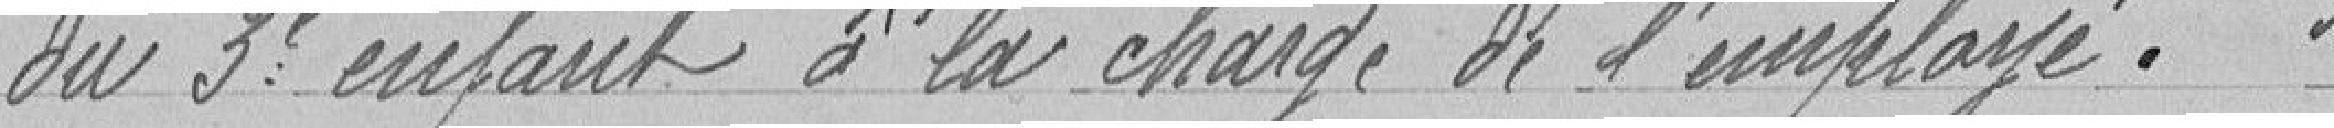
du troisième enfant à la charge de l'employé.